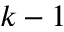
k - 1